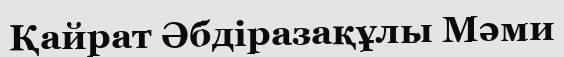
Қайрат Әбдіразақұлы Мәми